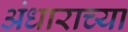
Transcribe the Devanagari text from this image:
अंधाराच्या